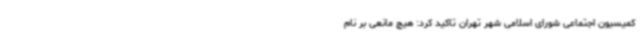
کمیسیون اجتماعی شورای اسلامی شهر تهران تاکید کرد: هیچ مانعی بر نام